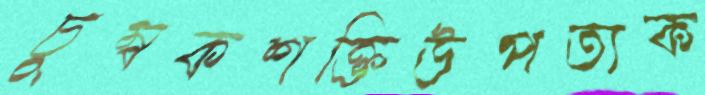
চুম্বকশক্তিউপত্যক